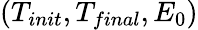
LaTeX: \left(T_{init},T_{final},E_{0}\right)